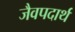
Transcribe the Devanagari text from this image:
जैवपदार्थ